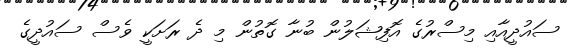
ސައުދީއާއި މިސްރުގެ އޮފިޝަލުން ބުނާ ގޮތުން މި ދެ ރަށަކީ ވެސް ސައުދީގެ